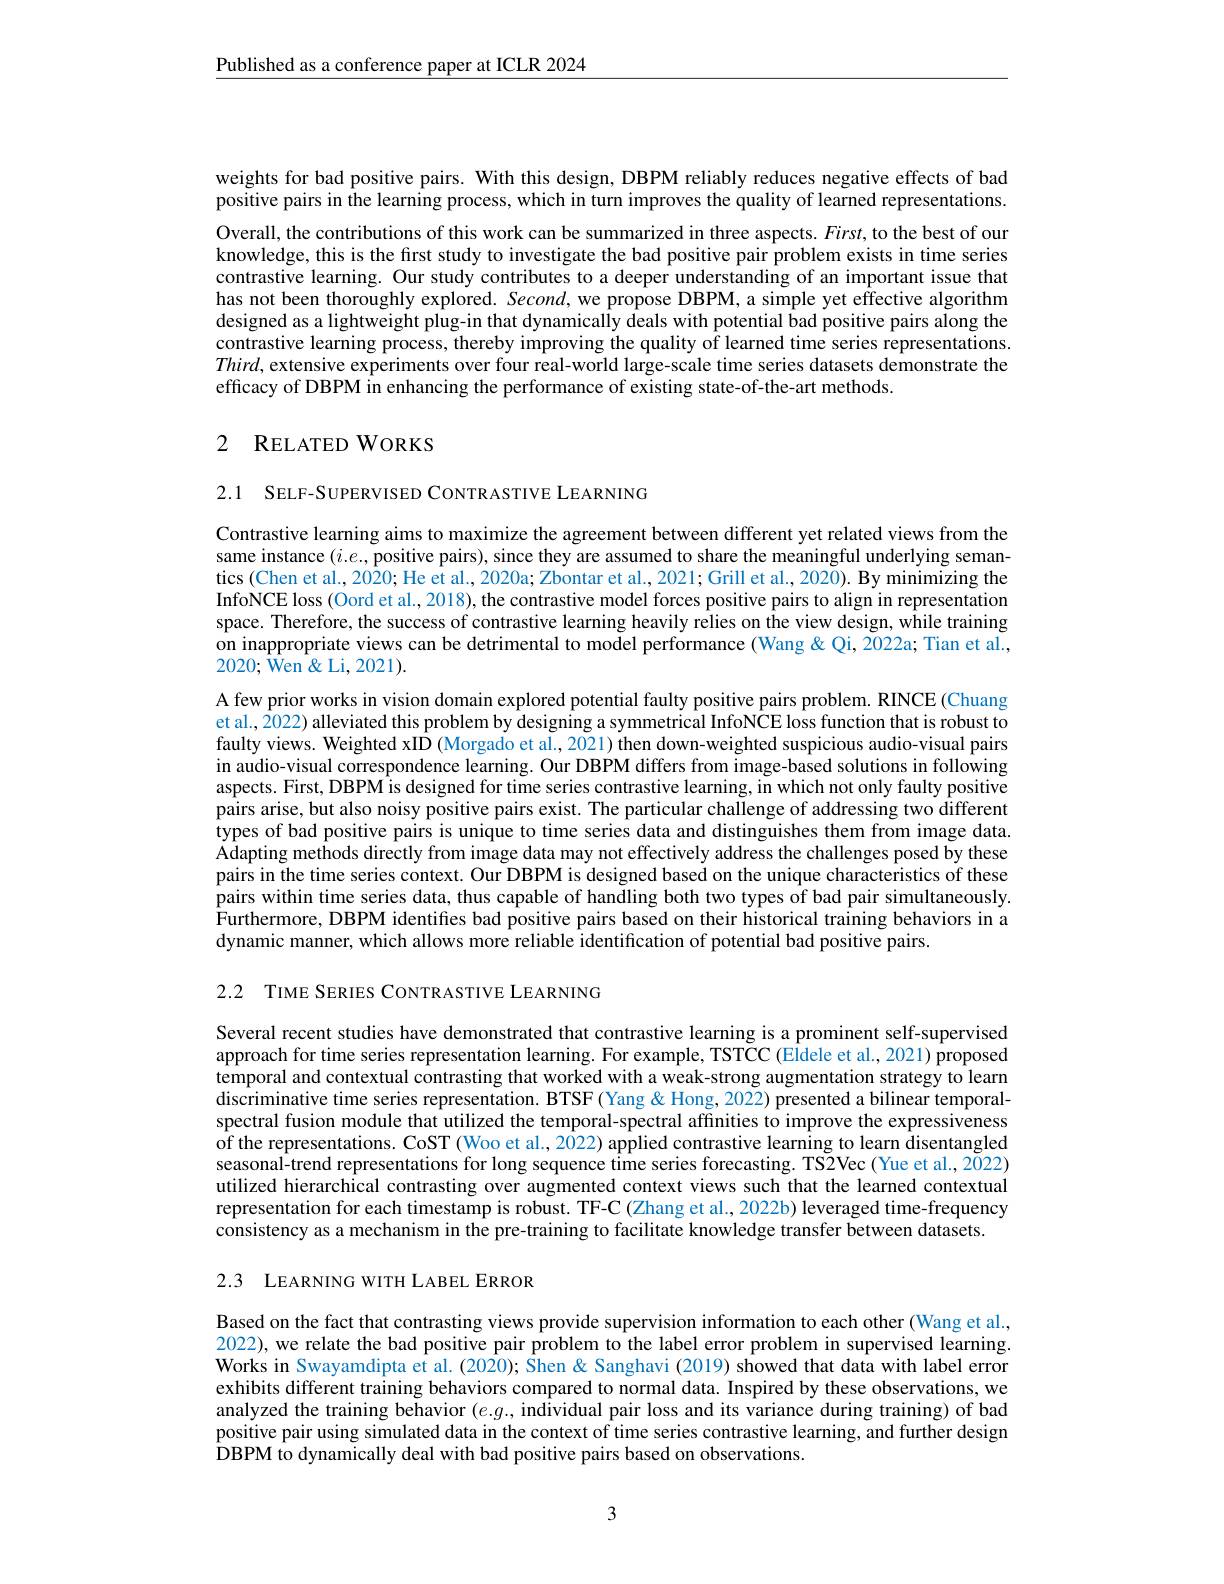
$\underline{\text{Published as a conference paper at ICLR 2024}}$

weights for bad positive pairs. With this design, DBPM reliably reduces negative effects of bad positive pairs in the learning process, which in turn improves the quality of learned representations.

Overall, the contributions of this work can be summarized in three aspects. $First$, to the best of our knowledge, this is the frst study to investigate the bad positive pair problem exists in time series contrastive learning. Our study contributes to a deeper understanding of an important issue that has not been thoroughly explored. Second, we propose DBPM, a simple yet effective algorithm designed as a lightweight plug-in that dynamically deals with potential bad positive pairs along the contrastive learning process, thereby improving the quality of learned time series representations. $Third$, extensive experiments over four real-world large-scale time series datasets demonstrate the efficacy of DBPM in enhancing the performance of existing state-of-the-art methods.

## 2 RELATED WORKS

2.1 SELF-SUPERVISED CONTRASTIVE LEARNING

Contrastive learning aims to maximize the agreement between different yet related views from the same instance $(i.e.$, positive pairs), since they are assumed to share the meaningful underlying semantics (Chen et al., 2020; He et al., 2020a; Zbontar et al., 2021; Grill et al., 2020). By minimizing the InfoNCE loss (Oord et al., 2018), the contrastive model forces positive pairs to align in representation space. Therefore, the success of contrastive learning heavily relies on the view design, while training on inappropriate views can be detrimental to model performance (Wang & Qi, 2022a; Tian et al., 2020; Wen & Li, 2021).
A few prior works in vision domain explored potential faulty positive pairs problem. RINCE (Chuang et al., $\hat{2}0$22) alleviated this problem by designing a symmetrical InfoNCE loss function that is robust to faulty views. Weighted xID (Morgado et al., 2021) then down-weighted suspicious audio-visual pairs in audio-visual correspondence learning. Our DBPM differs from image-based solutions in following aspects. First, DBPM is designed for time series contrastive learning, in which not only faulty positive pairs arise, but also noisy positive pairs exist. The particular challenge of addressing two different types of bad positive pairs is unique to time series data and distinguishes them from image data. Adapting methods directly from image data may not effectively address the challenges posed by these pairs in the time series context. Our DBPM is designed based on the unique characteristics of these pairs within time series data, thus capable of handling both two types of bad pair simultaneously. $\hat{\text{Furthermore, DBPM identifies bad positive pairs based on their historical training behaviors in a}}$ dynamic manner, which allows more reliable identification of potential bad positive pairs.

2.2 TIME SERIES CONTRASTIVE LEARNING

Several recent studies have demonstrated that contrastive learning is a prominent self-supervised approach for time series representation learning. For example, TSTCC (Eldele et al., 2021) proposed temporal and contextual contrasting that worked with a weak-strong augmentation strategy to learn discriminative time series representation. BTSF (Yang & Hong, 2022) presented a bilinear temporalspectral fusion module that utilized the temporal-spectral affinities to improve the expressiveness of the representations. CoST (Woo et al., 2022) applied contrastive learning to learn disentangled seasonal-trend representations for long sequence time series forecasting. TS2Vec(Yue et al., 2022) utilized hierarchical contrasting over augmented context views such that the learned contextual representation for each timestamp is robust. TF-C (Zhang et al., 2022b) leveraged time-frequency consistency as a mechanism in the pre-training to facilitate knowledge transfer between datasets.
2.3 LEARNING WITH LABEL ERROR

Based on the fact that contrasting views provide supervision information to each other (Wang et al., 2022), we relate the bad positive pair problem to the label error problem in supervised learning. Works in Swayamdipta et al. (2020); Shen & Sanghavi (2019) showed that data with label error exhibits different training behaviors compared to normal data. Inspired by these observations, we analyzed the training behavior $(e.g.$, individual pair loss and its variance during training) of bad positive pair using simulated data in the context of time series contrastive learning, and further design $\hat{\text{DBPM to dynamically deal with bad positive pairs based on observations.}}$

3